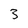
Character: 3